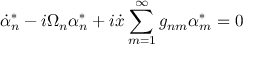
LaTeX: \dot { \alpha } _ { n } ^ { * } - i \Omega _ { n } \alpha _ { n } ^ { * } + i \dot { x } \sum _ { m = 1 } ^ { \infty } g _ { n m } \alpha _ { m } ^ { * } = 0